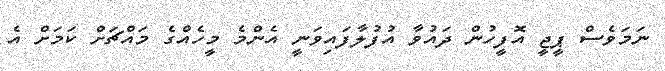
ނަމަވެސް ޕީޖީ އޮފީހުން ދައުވާ އުފުލާފައިވަނީ އެންމެ މީހެއްގެ މައްޗަށް ކަމަށް އެ